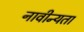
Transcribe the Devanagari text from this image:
नावीन्यता